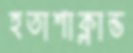
হতাশাক্লান্ত